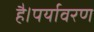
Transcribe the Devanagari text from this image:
है।पर्यावरण